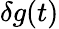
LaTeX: \delta g(t)